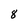
Character: 8